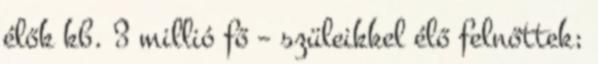
élők kb. 3 millió fő – szüleikkel élő felnőttek;